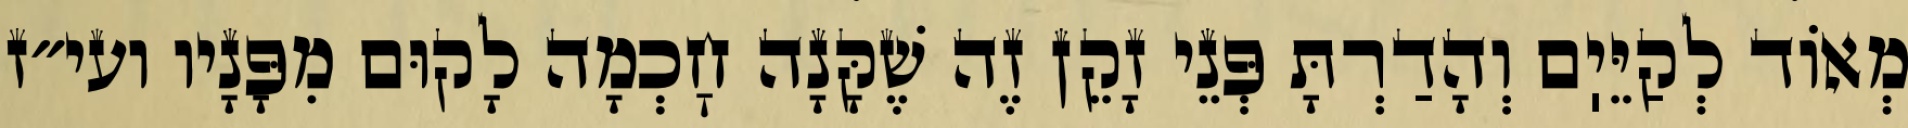
מְאוֹד לְקַיֵּיֽם וְהָדַרְתָּ פְּנֵי זָקֵן זֶה שֶׁקָּנָה חׇכְמָה לָקוּם מִפָּנָיו ועי״ז